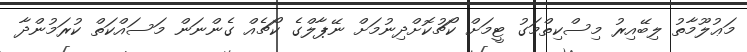
މަޢުލޫމާތު ލިބޭއިރު މިސްކިތްމަގު ޓީމަށް ކޯޗުކޮށްދިނުމަށް ނޭޕާލްގެ ކޯޗެއް ގެންނަން މަސައްކަތް ކުރަމުންދާ